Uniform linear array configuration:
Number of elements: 8
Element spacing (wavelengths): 0.25
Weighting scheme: binomial
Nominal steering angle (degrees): -30
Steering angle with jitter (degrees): -28.66
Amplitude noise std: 0.05
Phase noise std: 0.05

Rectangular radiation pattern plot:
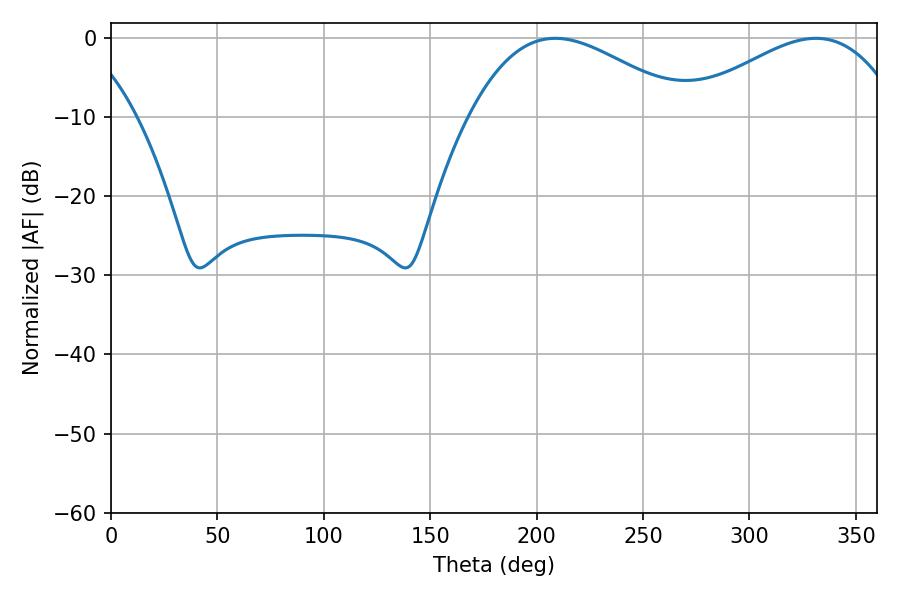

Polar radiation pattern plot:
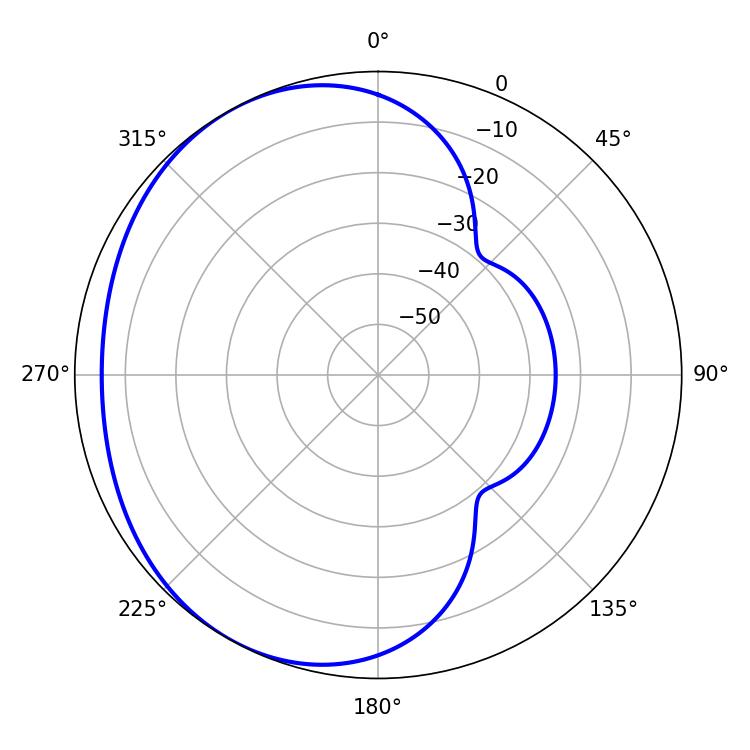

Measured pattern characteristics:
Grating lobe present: FALSE
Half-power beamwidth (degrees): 55.62
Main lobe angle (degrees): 208.8